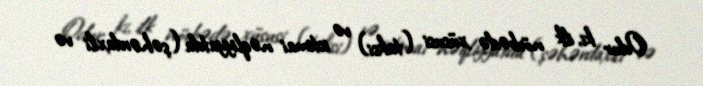
Odur ki, ilk növbədə xüsusi (taksi) və ictimai nəqliyyatda (şəhərdaxili və